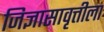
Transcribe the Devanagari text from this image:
जिज्ञासावृत्तीला